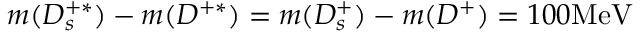
m ( D _ { s } ^ { + * } ) - m ( D ^ { + * } ) = m ( D _ { s } ^ { + } ) - m ( D ^ { + } ) = 1 0 0 \mathrm { M e V }